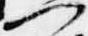
門